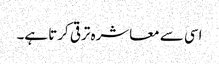
اسی سے معاشرہ ترقی کرتا ہے۔